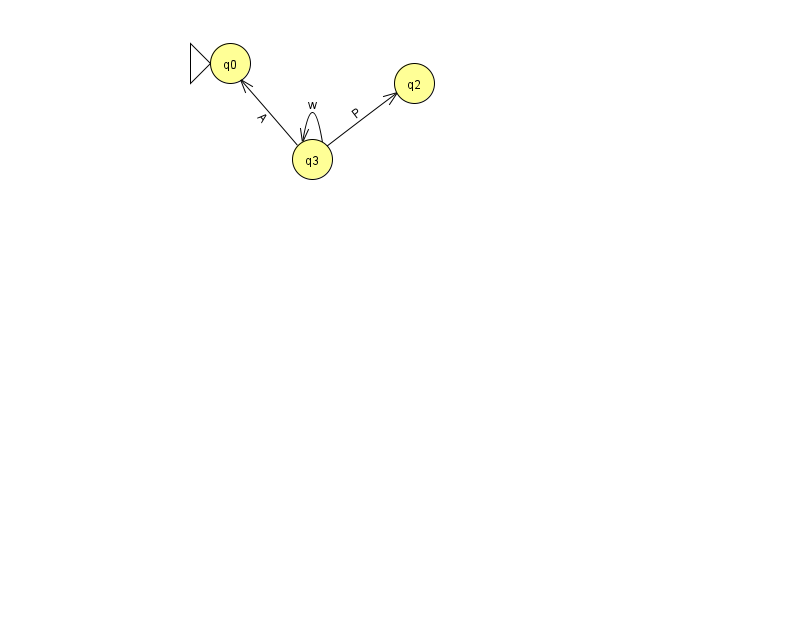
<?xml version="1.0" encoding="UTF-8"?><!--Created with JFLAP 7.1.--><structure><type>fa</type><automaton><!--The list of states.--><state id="0" name="q0"><x>230.0</x><y>50.0</y><initial/></state><state id="2" name="q2"><x>414.0</x><y>70.0</y></state><state id="3" name="q3"><x>312.0</x><y>146.0</y></state><!--The list of transitions.--><transition><from>3</from><to>0</to><read>A</read></transition><transition><from>3</from><to>3</to><read>w</read></transition><transition><from>3</from><to>2</to><read>P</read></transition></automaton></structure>